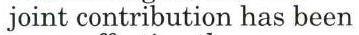
joint contribution has been